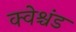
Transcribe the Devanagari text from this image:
क्वेश्चंड